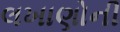
લખાણોની